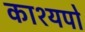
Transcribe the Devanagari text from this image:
काश्यपो